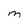
Character: M